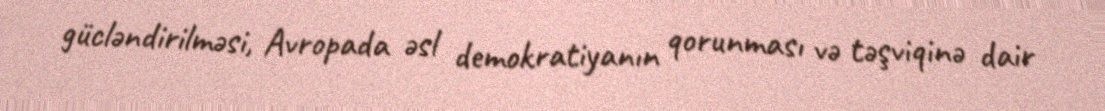
gücləndirilməsi, Avropada əsl demokratiyanın qorunması və təşviqinə dair